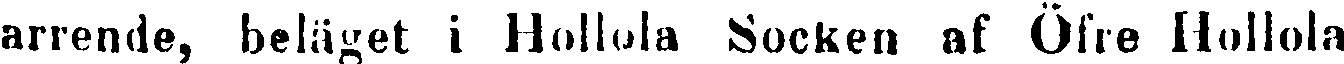
arrende, beläget i Hollola Socken nk Öfre Hollola